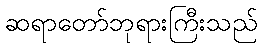
ဆရာတော်ဘုရားကြီးသည်